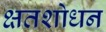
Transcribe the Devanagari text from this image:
क्षतशोधन